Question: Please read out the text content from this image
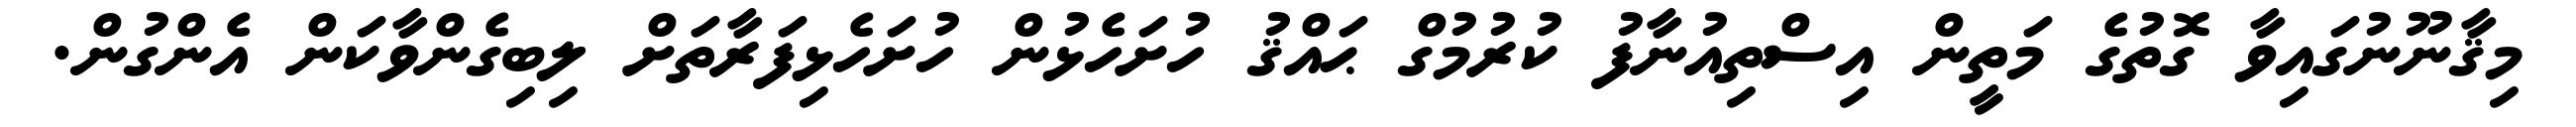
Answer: މިޤާނޫނުގައިވާ ގޮތުގެ މަތީން އިސްތިއުނާފު ކުރުމުގް ޙައްޤު ހުށަހެޅުން ހުށަހެޅިފަރާތަށް ލިބިގެންވާކަން އެންގުން.